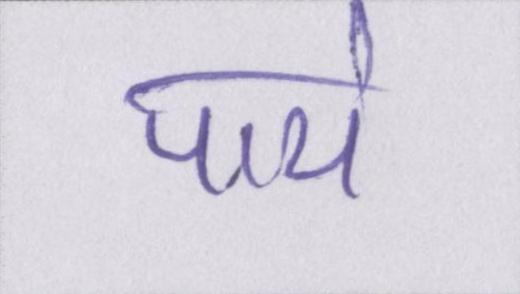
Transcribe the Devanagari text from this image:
पाये